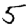
Digit: 5